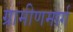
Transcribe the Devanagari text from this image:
ग्रामीणमार्ग